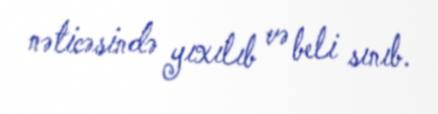
nəticəsində yıxılıb və beli sınıb.